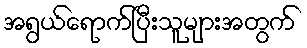
အရွယ်ရောက်ပြီးသူများအတွက်